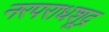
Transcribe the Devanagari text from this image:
नरपराधशूद्र